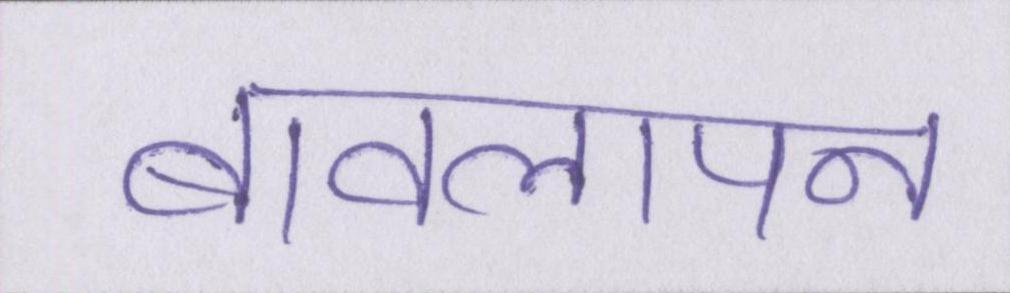
बावलापन